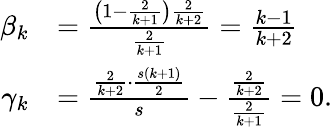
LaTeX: \begin{array}{rl}{\beta_{k}}&{=\frac{\left(1-\frac{2}{k+1}\right)\frac{2}{k+2}}{\frac{2}{k+1}}=\frac{k-1}{k+2}}\\ {\gamma_{k}}&{=\frac{\frac{2}{k+2}\cdot\frac{s(k+1)}{2}}{s}-\frac{\frac{2}{k+2}}{\frac{2}{k+1}}=0.}\end{array}